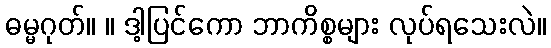
ဓမ္မဂုတ်။ ။ ဒါ့ပြင်ကော ဘာကိစ္စများ လုပ်ရသေးလဲ။